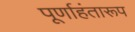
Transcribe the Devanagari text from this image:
पूर्णाहंतारूप